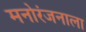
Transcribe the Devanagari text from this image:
मनोरंजनाला